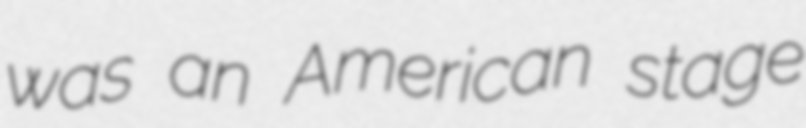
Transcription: was an American stage